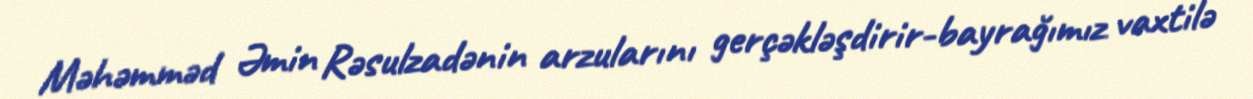
Məhəmməd Əmin Rəsulzadənin arzularını gerçəkləşdirir-bayrağımız vaxtilə